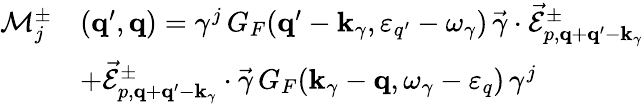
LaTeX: \begin{array}{rl}{\mathcal{M}_{j}^{\pm}}&{({\mathbf q}^{\prime},{\mathbf q})=\gamma^{j}\, G_{F}({\mathbf q}^{\prime}-{\mathbf k}_{\gamma},\varepsilon_{q^{\prime}}-\omega_{\gamma})\, \vec{\gamma}\cdot\vec{\mathcal{E}}_{p,{\mathbf q}+{\mathbf q}^{\prime}-{\mathbf k}_{\gamma}}^{\pm}}\\ &{+\vec{\mathcal{E}}_{p,{\mathbf q}+{\mathbf q}^{\prime}-{\mathbf k}_{\gamma}}^{\pm}\cdot\vec{\gamma}\, G_{F}({\mathbf k}_{\gamma}-{\mathbf q},\omega_{\gamma}-\varepsilon_{q})\, \gamma^{j}}\end{array}